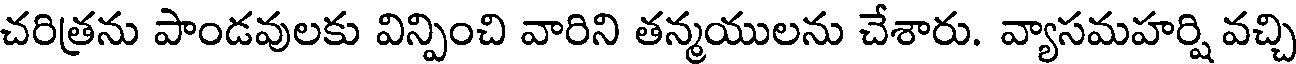
చరిత్రను పాండవులకు విన్పించి వారిని తన్మయులను చేశారు. వ్యాసమహర్షి వచ్చి